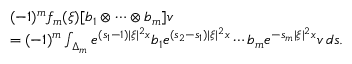
\begin{array} { r l } & { ( - 1 ) ^ { m } f _ { m } ( \xi ) [ b _ { 1 } \otimes \cdots \otimes b _ { m } ] v } \\ & { = ( - 1 ) ^ { m } \int _ { \Delta _ { m } } e ^ { ( s _ { 1 } - 1 ) | \xi | ^ { 2 } x } b _ { 1 } e ^ { ( s _ { 2 } - s _ { 1 } ) | \xi | ^ { 2 } x } \cdots b _ { m } e ^ { - s _ { m } | \xi | ^ { 2 } x } v \, d s . } \end{array}